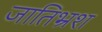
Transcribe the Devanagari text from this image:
जातिभ्रंश